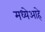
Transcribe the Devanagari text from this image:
मध्येआहे